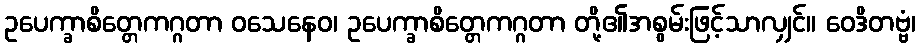
ဥပေက္ခာစိတ္တေကဂ္ဂတာ ဝသေနေဝ၊ ဥပေက္ခာစိတ္တေကဂ္ဂတာ တို့၏အစွမ်းဖြင့်သာလျှင်။ ဝေဒိတဗ္ဗံ၊